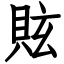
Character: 䝮